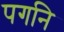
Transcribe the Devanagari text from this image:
पगनि